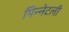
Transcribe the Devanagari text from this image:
पिन्नेटली